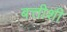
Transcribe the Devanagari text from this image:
बत्तीशी